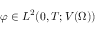
\boldsymbol \varphi \in L ^ { 2 } ( 0 , T ; V ( \Omega ) )